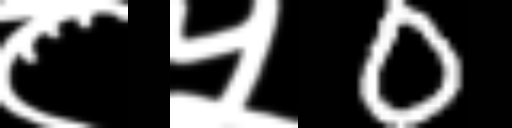
Text: ८५0